Civil Veterinary Dept. Bombay admin report 1923-31 - 1923-1931
Year: 1923
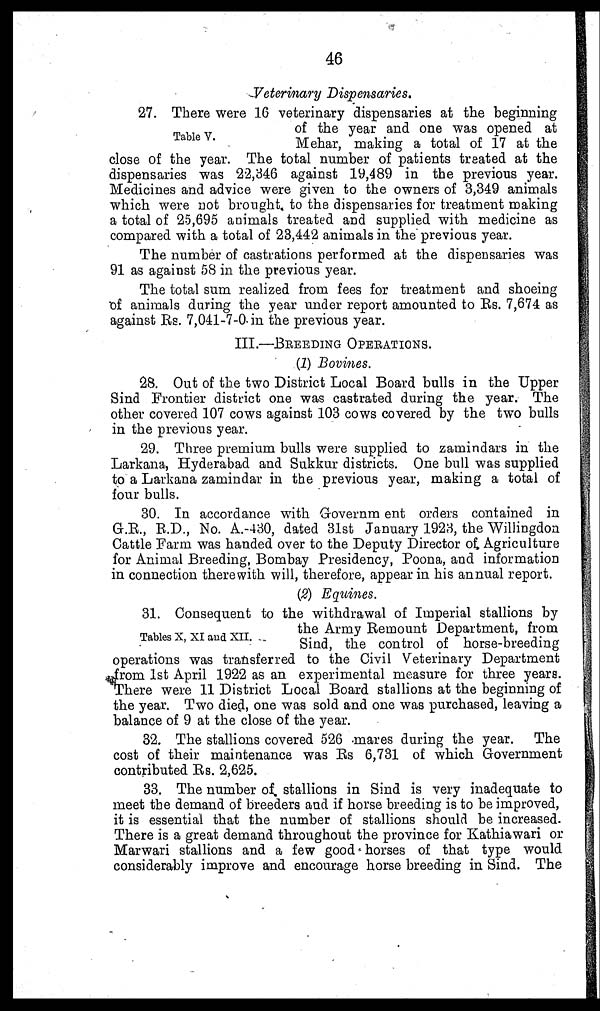
46
Veterinary Dispensaries.
Table V.
27. There were 16 veterinary dispensaries at the beginning
of the year and one was opened at
Mehar, making a total of 17 at the
close of the year. The total number of patients treated at the
dispensaries was 22,346 against 19,489 in the previous year.
Medicines and advice were given to the owners of 3,349 animals
which were not brought to the dispensaries for treatment making
a total of 25,695 animals treated and supplied with medicine as
compared with a total of 23,442 animals in the previous year.
The number of castrations performed at the dispensaries was
91 as against 58 in the previous year.
The total sum realized from fees for treatment and shoeing
of animals during the year under report amounted to Rs. 7,674 as
against Rs. 7,041-7-0. in the previous year.
III.—BREEDING OPERATIONS.
(1) Bovines.
28. Out of the two District Local Board bulls in the Upper
Sind Frontier district one was castrated during the year. The
other covered 107 cows against 103 cows covered by the two bulls
in the previous year.
29. Three premium bulls were supplied to zamindars in the
Larkana, Hyderabad and Sukkur districts. One bull was supplied
to a Larkana zamindar in the previous year, making a total of
four bulls.
30. In accordance with Government orders contained in
G.R., R.D., No. A.-430, dated 31st January 1923, the Willingdon
Cattle Farm was handed over to the Deputy Director of Agriculture
for Animal Breeding, Bombay Presidency, Poona, and information
in connection therewith will, therefore, appear in his annual report.
(2) Equines.
Tables X, XI and XII.
31. Consequent to the withdrawal of Imperial stallions by
the Army Remount Department, from
Sind, the control of horse-breeding
operations was transferred to the Civil Veterinary Department
from 1st April 1922 as an experimental measure for three years.
There were 11 District Local Board stallions at the beginning of
the year. Two died, one was sold and one was purchased, leaving a
balance of 9 at the close of the year.
32. The stallions covered 526 mares during the year. The
cost of their maintenance was Rs 6,731 of which Government
contributed Rs. 2,625.
33. The number of stallions in Sind is very inadequate to
meet the demand of breeders and if horse breeding is to be improved,
it is essential that the number of stallions should be increased.
There is a great demand throughout the province for Kathiawari or
Marwari stallions and a few good horses of that type would
considerably improve and encourage horse breeding in Sind. The